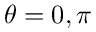
\theta = 0 , \pi